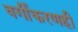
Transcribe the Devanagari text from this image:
वर्गीकरणही